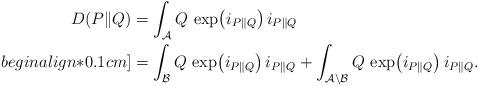
LaTeX: \begin{align*}D(P\|Q) & = \int_{\mathcal{A}} Q \, \exp\bigl(i_{P \| Q}\bigr) \, i_{P \| Q} \\begin{align*}0.1cm]& = \int_{\mathcal{B}} Q \, \exp\bigl(i_{P \| Q}\bigr) \, i_{P \| Q} +\int_{\mathcal{A} \setminus \mathcal{B}} Q \, \exp\bigl(i_{P \| Q}\bigr) \, i_{P \| Q}.\end{align*}